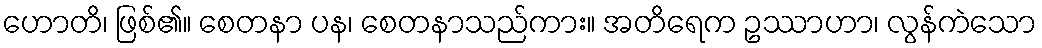
ဟောတိ၊ ဖြစ်၏။ စေတနာ ပန၊ စေတနာသည်ကား။ အတိရေက ဥဿာဟာ၊ လွန်ကဲသော